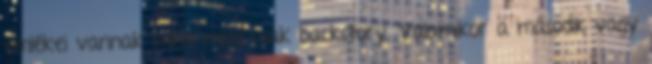
emlékei vannak mind-mind csak backstory. Valamikor a második vagy